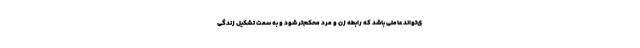
ی‌تواند عاملی باشد که رابطه زن و مرد محکم‌تر شود و به سمت تشکیل زندگی